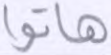
هاتوا